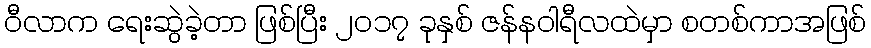
ဝီလာက ရေးဆွဲခဲ့တာ ဖြစ်ပြီး ၂၀၁၇ ခုနှစ် ဇန်နဝါရီလထဲမှာ စတစ်ကာအဖြစ်